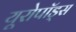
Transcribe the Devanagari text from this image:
यूरोपॉड्स